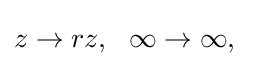
z\rightarrow rz,\ \ \infty \rightarrow \infty ,\quad